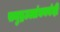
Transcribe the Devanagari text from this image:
समुद्रउल्लंघनबंदी